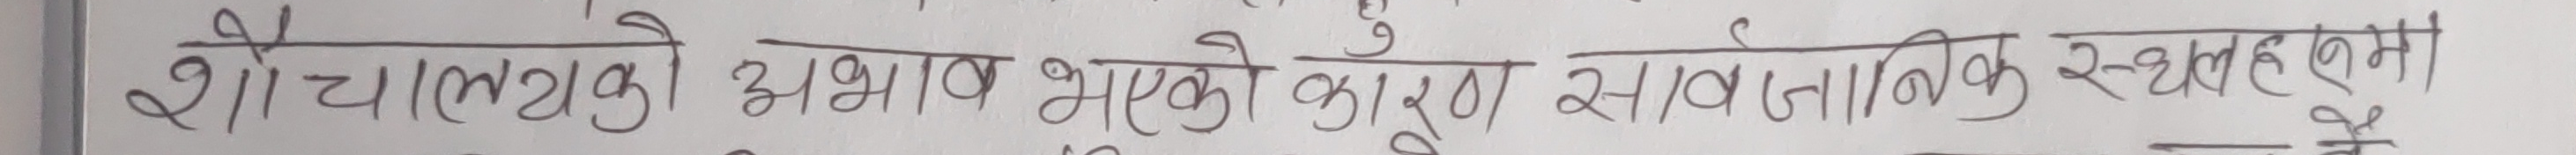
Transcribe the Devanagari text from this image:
शौचालयको अभाव भएको कारण सामाजिक स्थलहरूमा